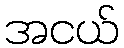
အငယ်